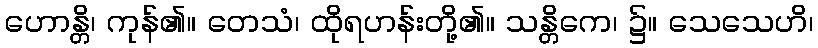
ဟောန္တိ၊ ကုန်၏။ တေသံ၊ ထိုရဟန်းတို့၏။ သန္တိကေ၊ ၌။ သေသေဟိ၊